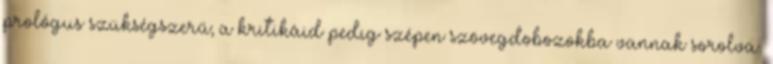
prológus szükségszerű; a kritikáid pedig szépen szövegdobozokba vannak sorolva.